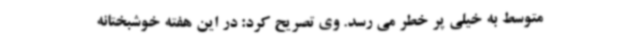
متوسط به خیلی پر خطر می رسد. وی تصریح کرد: در این هفته خوشبختانه